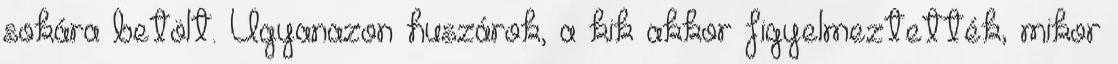
sokára betölt. Ugyanazon huszárok, a kik akkor figyelmeztették, mikor